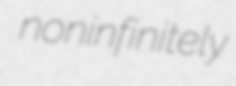
noninfinitely